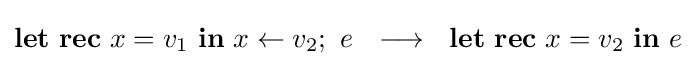
\mathbf {let\ rec} \ x=v_{1}\ \mathbf {in} \ x\leftarrow v_{2};\ e\ \ \longrightarrow \ \ \mathbf {let\ rec} \ x=v_{2}\ \mathbf {in} \ e